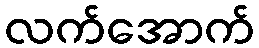
လက်အောက်